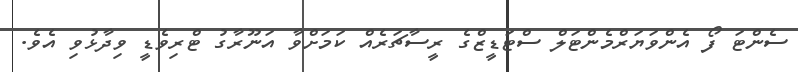
ސެންޓަ ފޯ އެންވަޔަރްމެންޓަލް ސްޓަޑީޒްގެ ރީސާޗަރެއް ކަމަށްވާ އަނޫރާގު ޓްރިވެޑީ ވިދާޅުވި އެވެ.